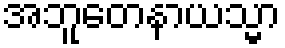
အဘူတေနာယသ္မာ